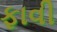
ફાવી